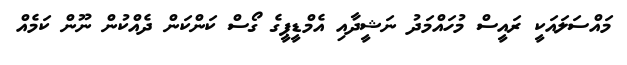
މައްސަލައަކީ ރައީސް މުހައްމަދު ނަޝީދާއި އެމްޑީޕީގެ ގޯސް ކަންކަން ދެއްކުން ނޫން ކަމެއް